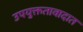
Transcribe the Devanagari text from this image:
उपयुक्ततावादात